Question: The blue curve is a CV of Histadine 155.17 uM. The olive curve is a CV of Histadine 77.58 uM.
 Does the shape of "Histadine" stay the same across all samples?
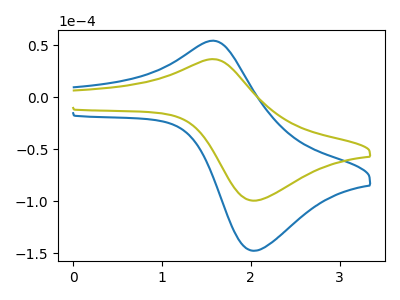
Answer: <think>The blue curve "Histadine 155.17 uM" has an anodic peak at (1.55V, 54.20uA) and a cathodic peak at (2.05V, -147.60uA). The olive curve "Histadine 77.58 uM" has an anodic peak at (1.55V, 36.50uA) and a cathodic peak at (2.05V, -99.45uA).
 All the peaks in "Histadine 155.17 uM" have a peak in "Histadine 77.58 uM" at the same potential. Every peak in "Histadine 155.17 uM" is higher than every peak in "Histadine 77.58 uM".</think>
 <answer>All the CV's of "Histadine" have similar shape.</answer>
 <eval>follow_rule</eval>